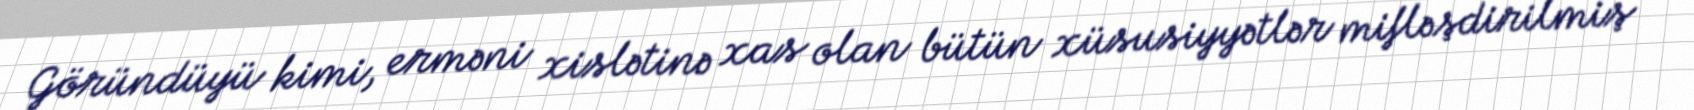
Göründüyü kimi, erməni xislətinə xas olan bütün xüsusiyyətlər mifləşdirilmiş